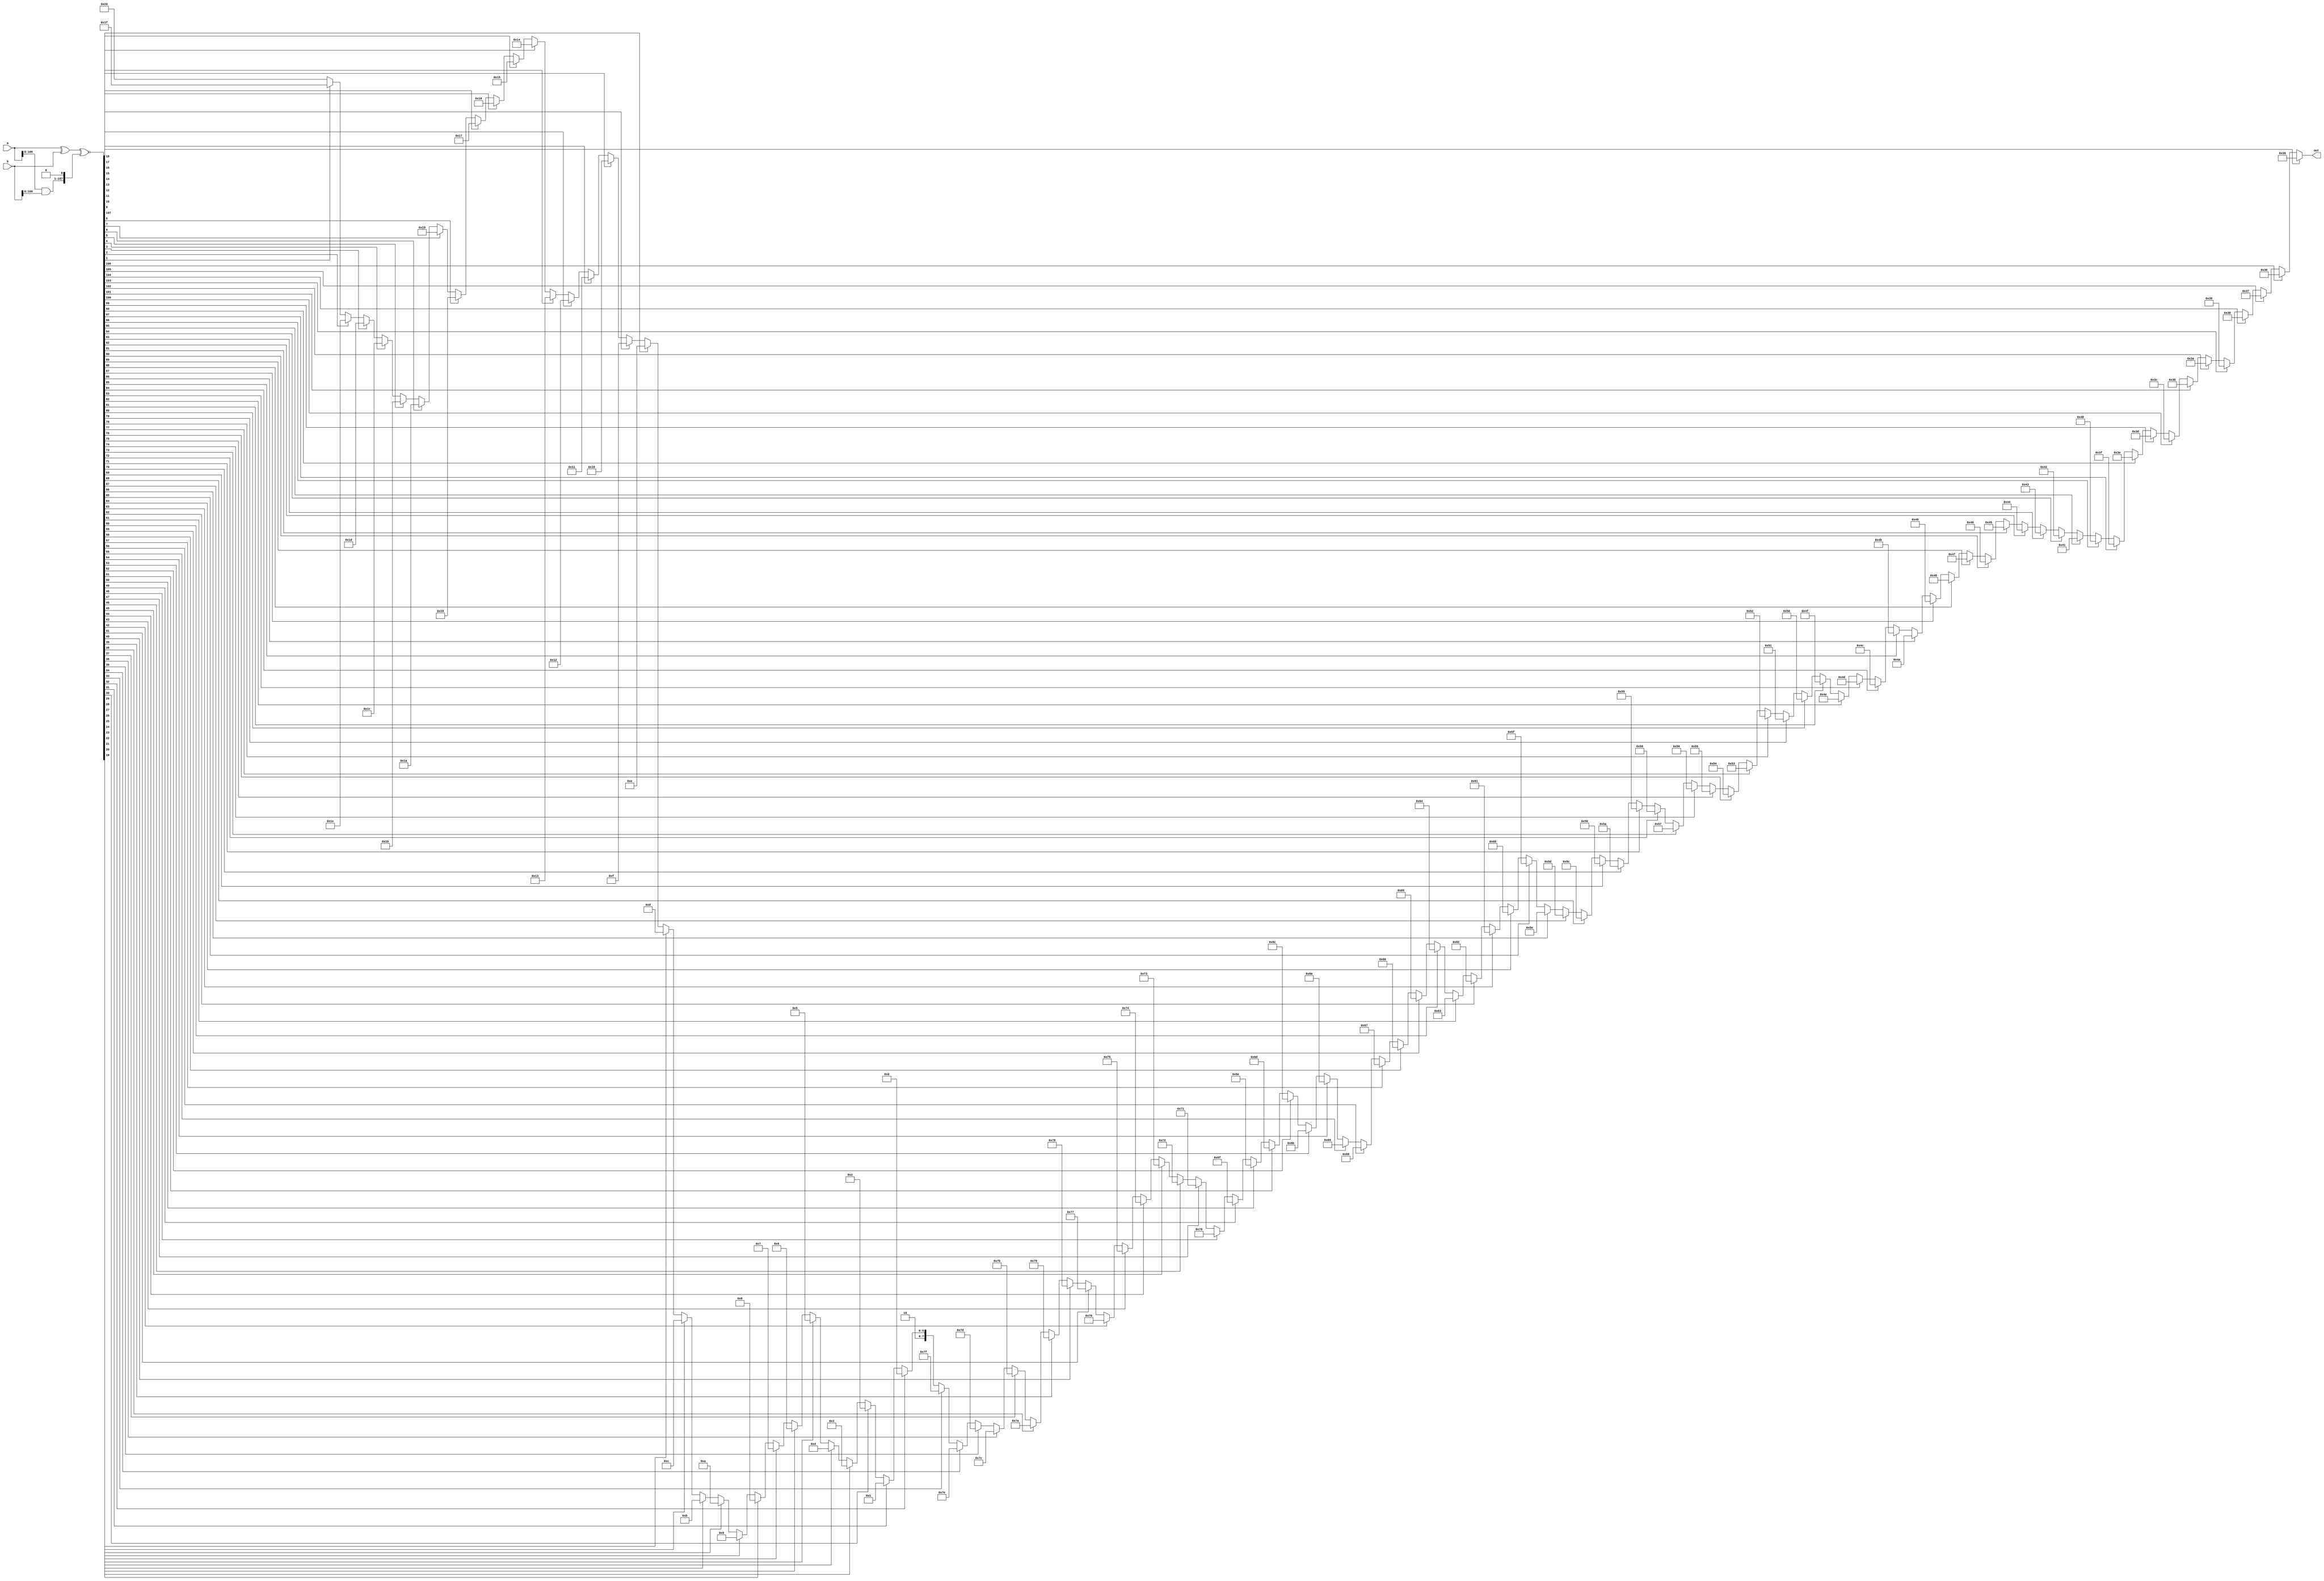

module estNormDistP53NegSum108( a, b, out );

    input  [107:0] a, b;
    output [7:0]   out;

    wire [107:0] key;

    assign key = ( a ^ b ) ^~ ( ( a & b )<<1 );
    assign out =
          key[107] ?  53
        : key[106] ?  54
        : key[105] ?  55
        : key[104] ?  56
        : key[103] ?  57
        : key[102] ?  58
        : key[101] ?  59
        : key[100] ?  60
        : key[99]  ?  61
        : key[98]  ?  62
        : key[97]  ?  63
        : key[96]  ?  64
        : key[95]  ?  65
        : key[94]  ?  66
        : key[93]  ?  67
        : key[92]  ?  68
        : key[91]  ?  69
        : key[90]  ?  70
        : key[89]  ?  71
        : key[88]  ?  72
        : key[87]  ?  73
        : key[86]  ?  74
        : key[85]  ?  75
        : key[84]  ?  76
        : key[83]  ?  77
        : key[82]  ?  78
        : key[81]  ?  79
        : key[80]  ?  80
        : key[79]  ?  81
        : key[78]  ?  82
        : key[77]  ?  83
        : key[76]  ?  84
        : key[75]  ?  85
        : key[74]  ?  86
        : key[73]  ?  87
        : key[72]  ?  88
        : key[71]  ?  89
        : key[70]  ?  90
        : key[69]  ?  91
        : key[68]  ?  92
        : key[67]  ?  93
        : key[66]  ?  94
        : key[65]  ?  95
        : key[64]  ?  96
        : key[63]  ?  97
        : key[62]  ?  98
        : key[61]  ?  99
        : key[60]  ? 100
        : key[59]  ? 101
        : key[58]  ? 102
        : key[57]  ? 103
        : key[56]  ? 104
        : key[55]  ? 105
        : key[54]  ? 106
        : key[53]  ? 107
        : key[52]  ? 108
        : key[51]  ? 109
        : key[50]  ? 110
        : key[49]  ? 111
        : key[48]  ? 112
        : key[47]  ? 113
        : key[46]  ? 114
        : key[45]  ? 115
        : key[44]  ? 116
        : key[43]  ? 117
        : key[42]  ? 118
        : key[41]  ? 119
        : key[40]  ? 120
        : key[39]  ? 121
        : key[38]  ? 122
        : key[37]  ? 123
        : key[36]  ? 124
        : key[35]  ? 125
        : key[34]  ? 126
        : key[33]  ? 127
        : key[32]  ? 128
        : key[31]  ? 129
        : key[30]  ? 130
        : key[29]  ? 131
        : key[28]  ? 132
        : key[27]  ? 133
        : key[26]  ? 134
        : key[25]  ? 135
        : key[24]  ? 136
        : key[23]  ? 137
        : key[22]  ? 138
        : key[21]  ? 139
        : key[20]  ? 140
        : key[19]  ? 141
        : key[18]  ? 142
        : key[17]  ? 143
        : key[16]  ? 144
        : key[15]  ? 145
        : key[14]  ? 146
        : key[13]  ? 147
        : key[12]  ? 148
        : key[11]  ? 149
        : key[10]  ? 150
        : key[9]   ? 151
        : key[8]   ? 152
        : key[7]   ? 153
        : key[6]   ? 154
        : key[5]   ? 155
        : key[4]   ? 156
        : key[3]   ? 157
        : key[2]   ? 158
        : key[1]   ? 159
        : 160;

endmodule